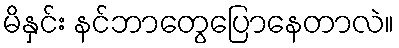
မိနှင်း နင်ဘာတွေပြောနေတာလဲ။